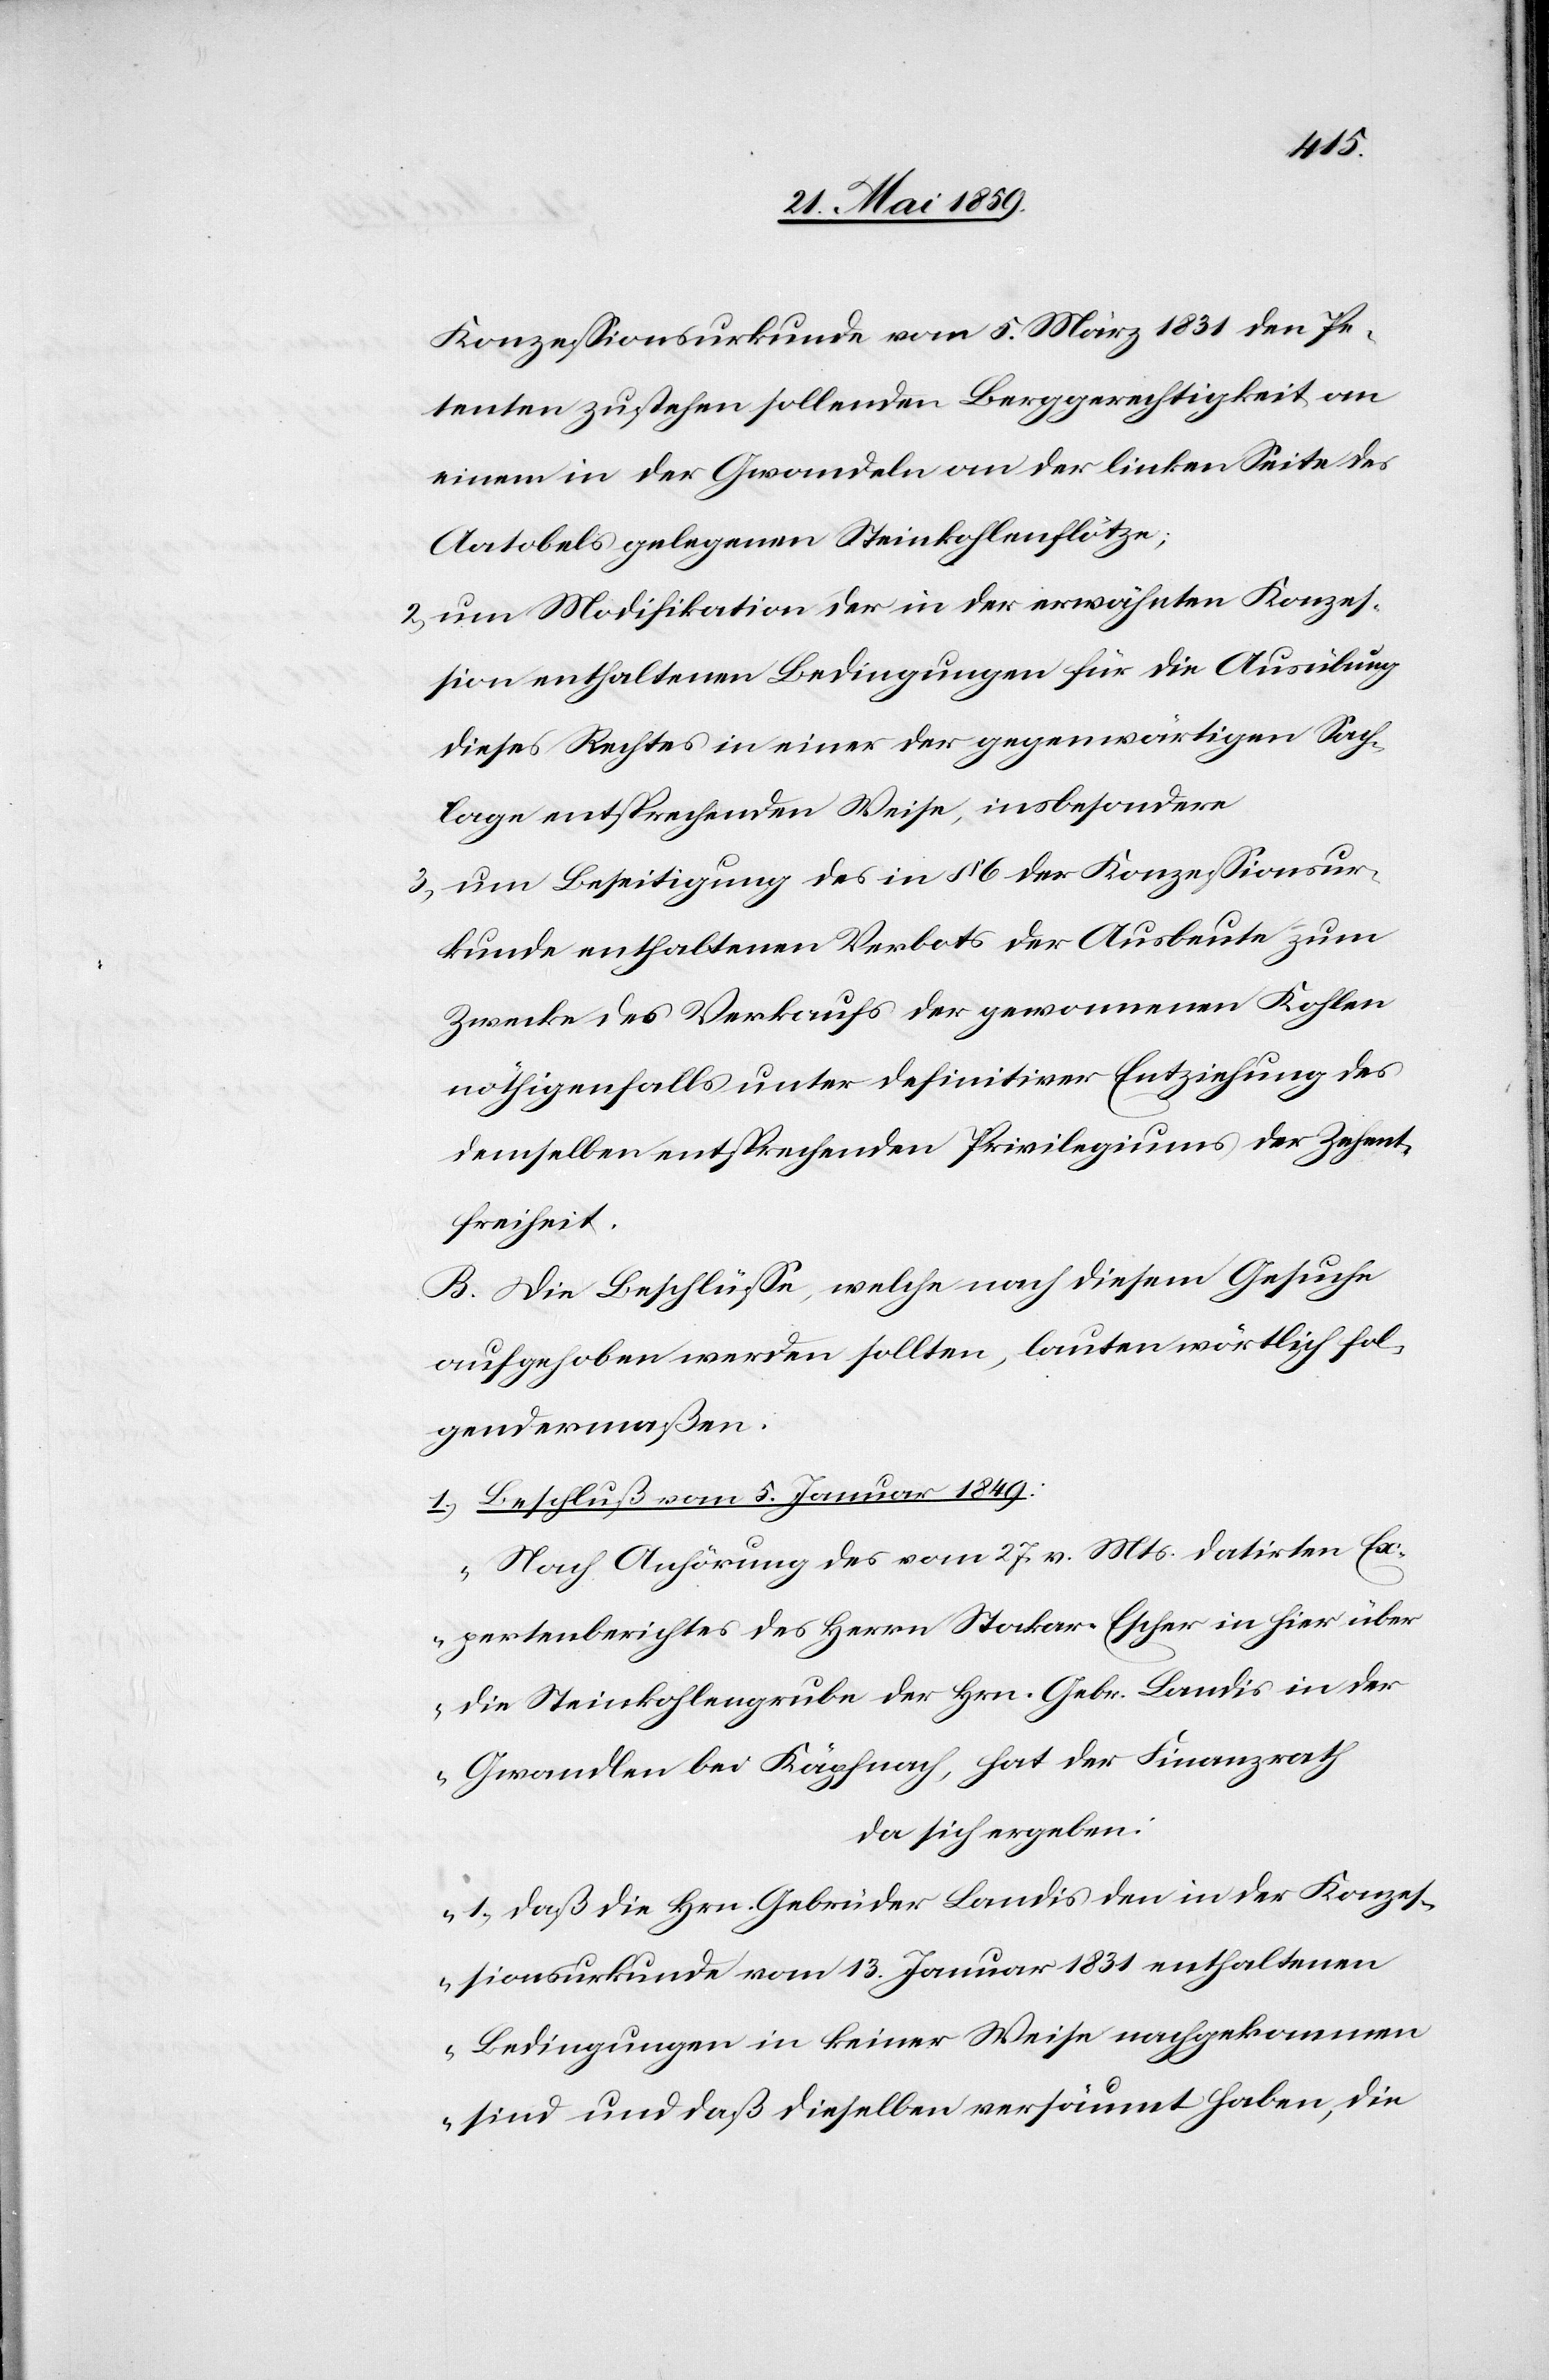
Konzeßionsurkunde vom 5. März 1831 den Pe¬
tenten zustehen sollenden Berggerechtigkeit an
einem in der Gwandeln an der linken Seite des
Aatobels gelegenen Steinkohlenflötze;
2) um Modifikation der in der erwähnten Konzeß¬
ion enthaltenen Bedingungen für die Ausübung
dieses Rechtes in einer der gegenwärtigen Sach¬
lage entsprechenden Weise, insbesondere
3) um Beseitigung des in § 6 der Konzeßionsur¬
kunde enthaltenen Verbots der Ausbeute zum
Zwecke des Verkaufs der gewonnenen Kohlen
nöthigenfalls unter definitiver Entziehung des
demselben entsprechenden Privilegiums der Zehent¬
freiheit.
B. Die Beschlüße, welche nach diesem Gesuche
aufgehoben werden sollten, lauten wörtlich fol¬
gendermaßen.
1) Beschluß vom 5. Januar 1849:
„Nach Anhörung des vom 27. v. Mts. datirten Ex¬
pertenberichtes des Herrn Stockar-Escher in hier über
die Steinkohlengrube der Hrn. Gebr. Landis in der
Gwandlen bei Käpfnach, hat der Finanzrath
da sich ergeben:
1) daß die Hrn. Gebrüder Landis den in der Konzeß¬
ionsurkunde vom 13. Januar 1831 enthaltenen
Bedingungen in keiner Weise nachgekommen
sind und daß dieselben versäumt haben, die